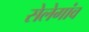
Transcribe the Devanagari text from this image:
सेलेगांव